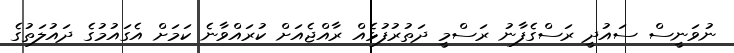
ނުވަނީސް ސައުދީ ރަސްގެފާނު ރަސްމީ ދަތުރުފުޅެއް ރާއްޖެއަށް ކުރައްވާނެ ކަމަށް އެގައުމުގެ ދައުލަތުގެ